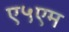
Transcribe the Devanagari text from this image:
ए५एम